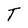
Character: T